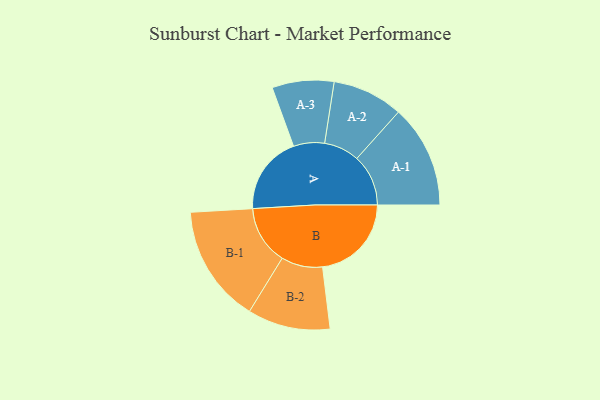
{"axis": {"x": "Segment", "y": "Value"}, "legend": ["", "A", "B"], "data": [{"x": "A", "y": 317, "type": ""}, {"x": "B", "y": 359, "type": ""}, {"x": "A-1", "y": 208, "type": "A"}, {"x": "A-2", "y": 143, "type": "A"}, {"x": "A-3", "y": 125, "type": "A"}, {"x": "B-1", "y": 238, "type": "B"}, {"x": "B-2", "y": 167, "type": "B"}]}